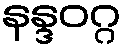
နန္ဒဝဂ္ဂ